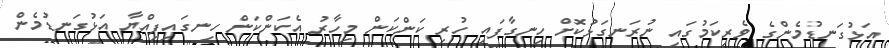
އަޅުގަނޑުމެންގެ ވެރިކަމުގައި ނުރަނގަޅުކޮށް ހިނގާފައި ހުރި ކަންކަން މިހާރު އެކަންކަން ހިނގައިފިއްޔާ އަޅުގަނޑުމެން